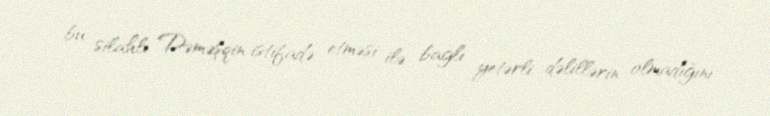
bu silahlı Dəməşqin istifadə etməsi ilə bağlı yetərli dəlillərin olmadığını